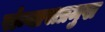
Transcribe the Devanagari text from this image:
संन्यासप्रमुख